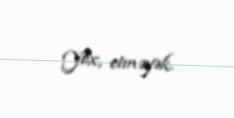
Yox, etməyək.